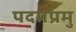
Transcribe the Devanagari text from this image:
पदमप्रमु